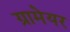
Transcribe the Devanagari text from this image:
ग्रामेयर